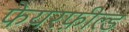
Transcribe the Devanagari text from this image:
फेयरफ़ील्ड